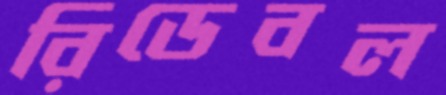
রিডেবল